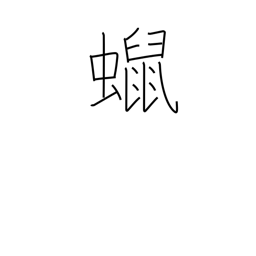
Meaning: candle